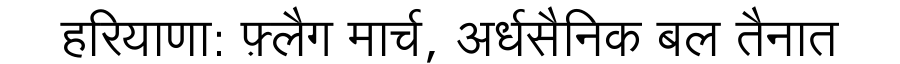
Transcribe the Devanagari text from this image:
हरियाणा: फ़्लैग मार्च, अर्धसैनिक बल तैनात